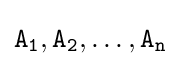
{\mathtt {A_{1},A_{2},\dots ,A_{n}}}